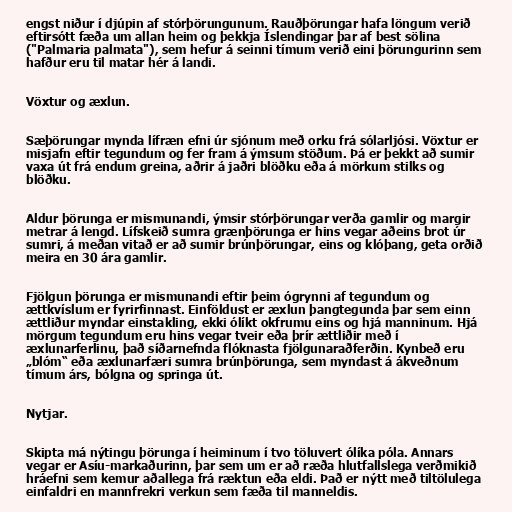
engst niður í djúpin af stórþörungunum. Rauðþörungar hafa löngum verið
eftirsótt fæða um allan heim og þekkja Íslendingar þar af best sölina
("Palmaria palmata"), sem hefur á seinni tímum verið eini þörungurinn sem
hafður eru til matar hér á landi.

Vöxtur og æxlun.

Sæþörungar mynda lífræn efni úr sjónum með orku frá sólarljósi. Vöxtur er
misjafn eftir tegundum og fer fram á ýmsum stöðum. Þá er þekkt að sumir
vaxa út frá endum greina, aðrir á jaðri blöðku eða á mörkum stilks og
blöðku.

Aldur þörunga er mismunandi, ýmsir stórþörungar verða gamlir og margir
metrar á lengd. Lífskeið sumra grænþörunga er hins vegar aðeins brot úr
sumri, á meðan vitað er að sumir brúnþörungar, eins og klóþang, geta orðið
meira en 30 ára gamlir.

Fjölgun þörunga er mismunandi eftir þeim ógrynni af tegundum og
ættkvíslum er fyrirfinnast. Einföldust er æxlun þangtegunda þar sem einn
ættliður myndar einstakling, ekki ólíkt okfrumu eins og hjá manninum. Hjá
mörgum tegundum eru hins vegar tveir eða þrír ættliðir með í
æxlunarferlinu, það síðarnefnda flóknasta fjölgunaraðferðin. Kynbeð eru
„blóm“ eða æxlunarfæri sumra brúnþörunga, sem myndast á ákveðnum
tímum árs, bólgna og springa út.

Nytjar.

Skipta má nýtingu þörunga í heiminum í tvo töluvert ólíka póla. Annars
vegar er Asíu-markaðurinn, þar sem um er að ræða hlutfallslega verðmikið
hráefni sem kemur aðallega frá ræktun eða eldi. Það er nýtt með tiltölulega
einfaldri en mannfrekri verkun sem fæða til manneldis.